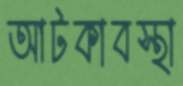
আটকাবস্থা